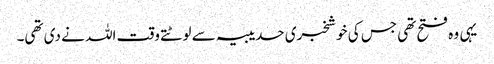
یہی وہ فتح تھی جس کی خوشخبری حدیبیہ سے لوٹتے وقت اللہ نے دی تھی۔